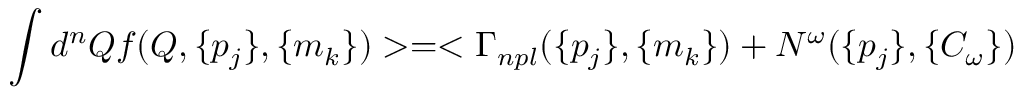
\int d ^ { n } Q f ( Q , \{ p _ { j } \} , \{ m _ { k } \} ) > = < \Gamma _ { n p l } ( \{ p _ { j } \} , \{ m _ { k } \} ) + N ^ { \omega } ( \{ p _ { j } \} , \{ C _ { \omega } \} )